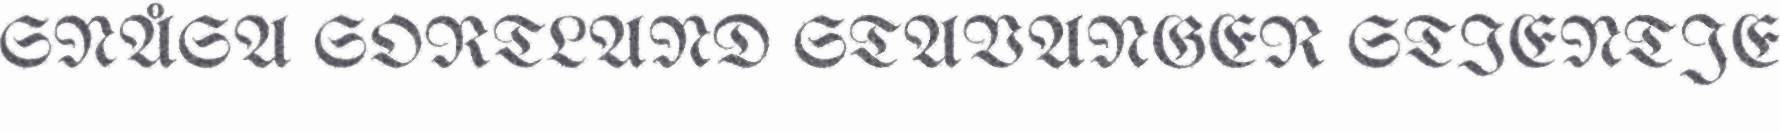
SNÅSA SORTLAND STAVANGER STIENTJE